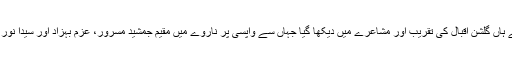
1996۱ءمیں محبوب خزاں کو آخری بار ساقی فاروقی کی لندن سے کراچی آمد پر فاطمہ حسن کے ہاں گلشن اقبال کی تقریب اور مشاعرے میں دیکھا گیا جہاں سے واپسی پر ناروے میں مقیم جمشید مسرور، عزم بہزاد اور سیدا نور جاویدہاشمی کو فاطمہ حسن اور ان کے انجنیئر شوہر شوکت زیدی گھروں کو پہنچانے نکلے تھے۔